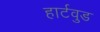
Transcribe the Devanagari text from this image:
हार्टवुड